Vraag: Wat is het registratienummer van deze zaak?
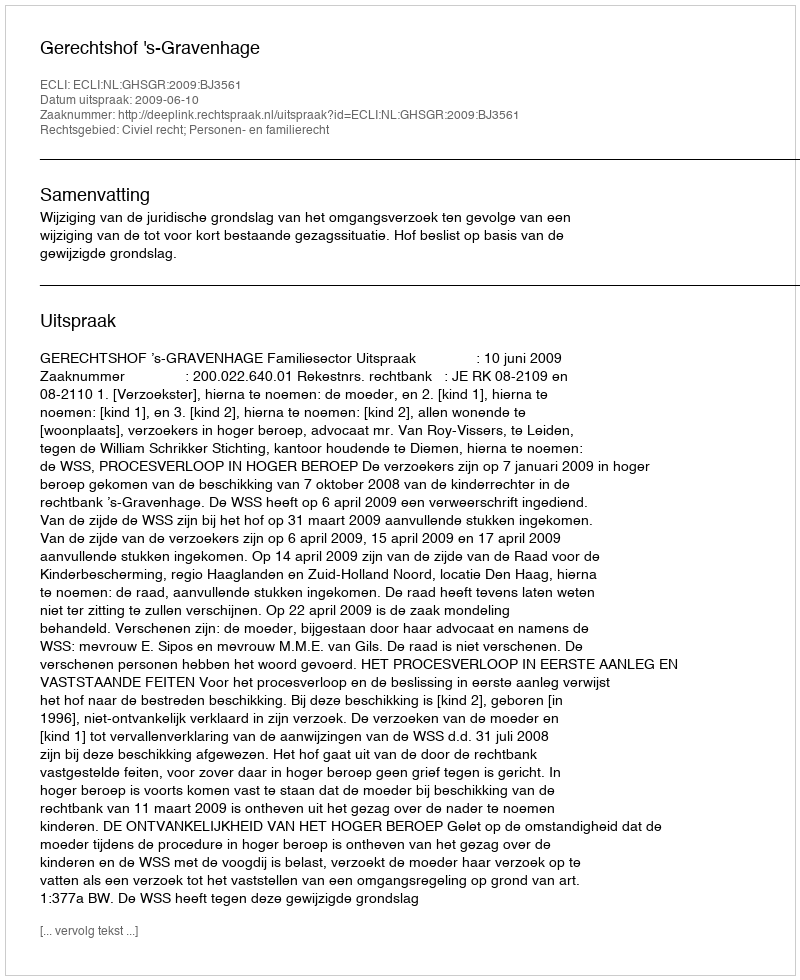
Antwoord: http://deeplink.rechtspraak.nl/uitspraak?id=ECLI:NL:GHSGR:2009:BJ3561